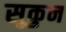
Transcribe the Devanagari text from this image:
सूकुन